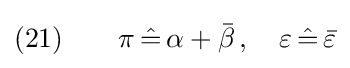
(21)\qquad \pi \,{\hat {=}}\,\alpha +{\bar {\beta }}\,,\quad \varepsilon \,{\hat {=}}\,{\bar {\varepsilon }}